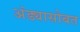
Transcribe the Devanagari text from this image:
अंड्यासोबत